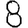
Digit: 8